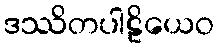
ဒဿိတပါဠိယေဝ